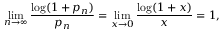
\operatorname* { l i m } _ { n \to \infty } { \frac { \log ( 1 + p _ { n } ) } { p _ { n } } } = \operatorname* { l i m } _ { x \to 0 } { \frac { \log ( 1 + x ) } { x } } = 1 ,